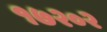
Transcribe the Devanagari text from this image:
१७२०२